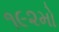
૧૯૨મો